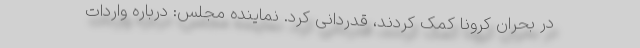
در بحران کرونا کمک کردند، قدردانی کرد. نماینده مجلس: درباره واردات